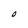
Character: O